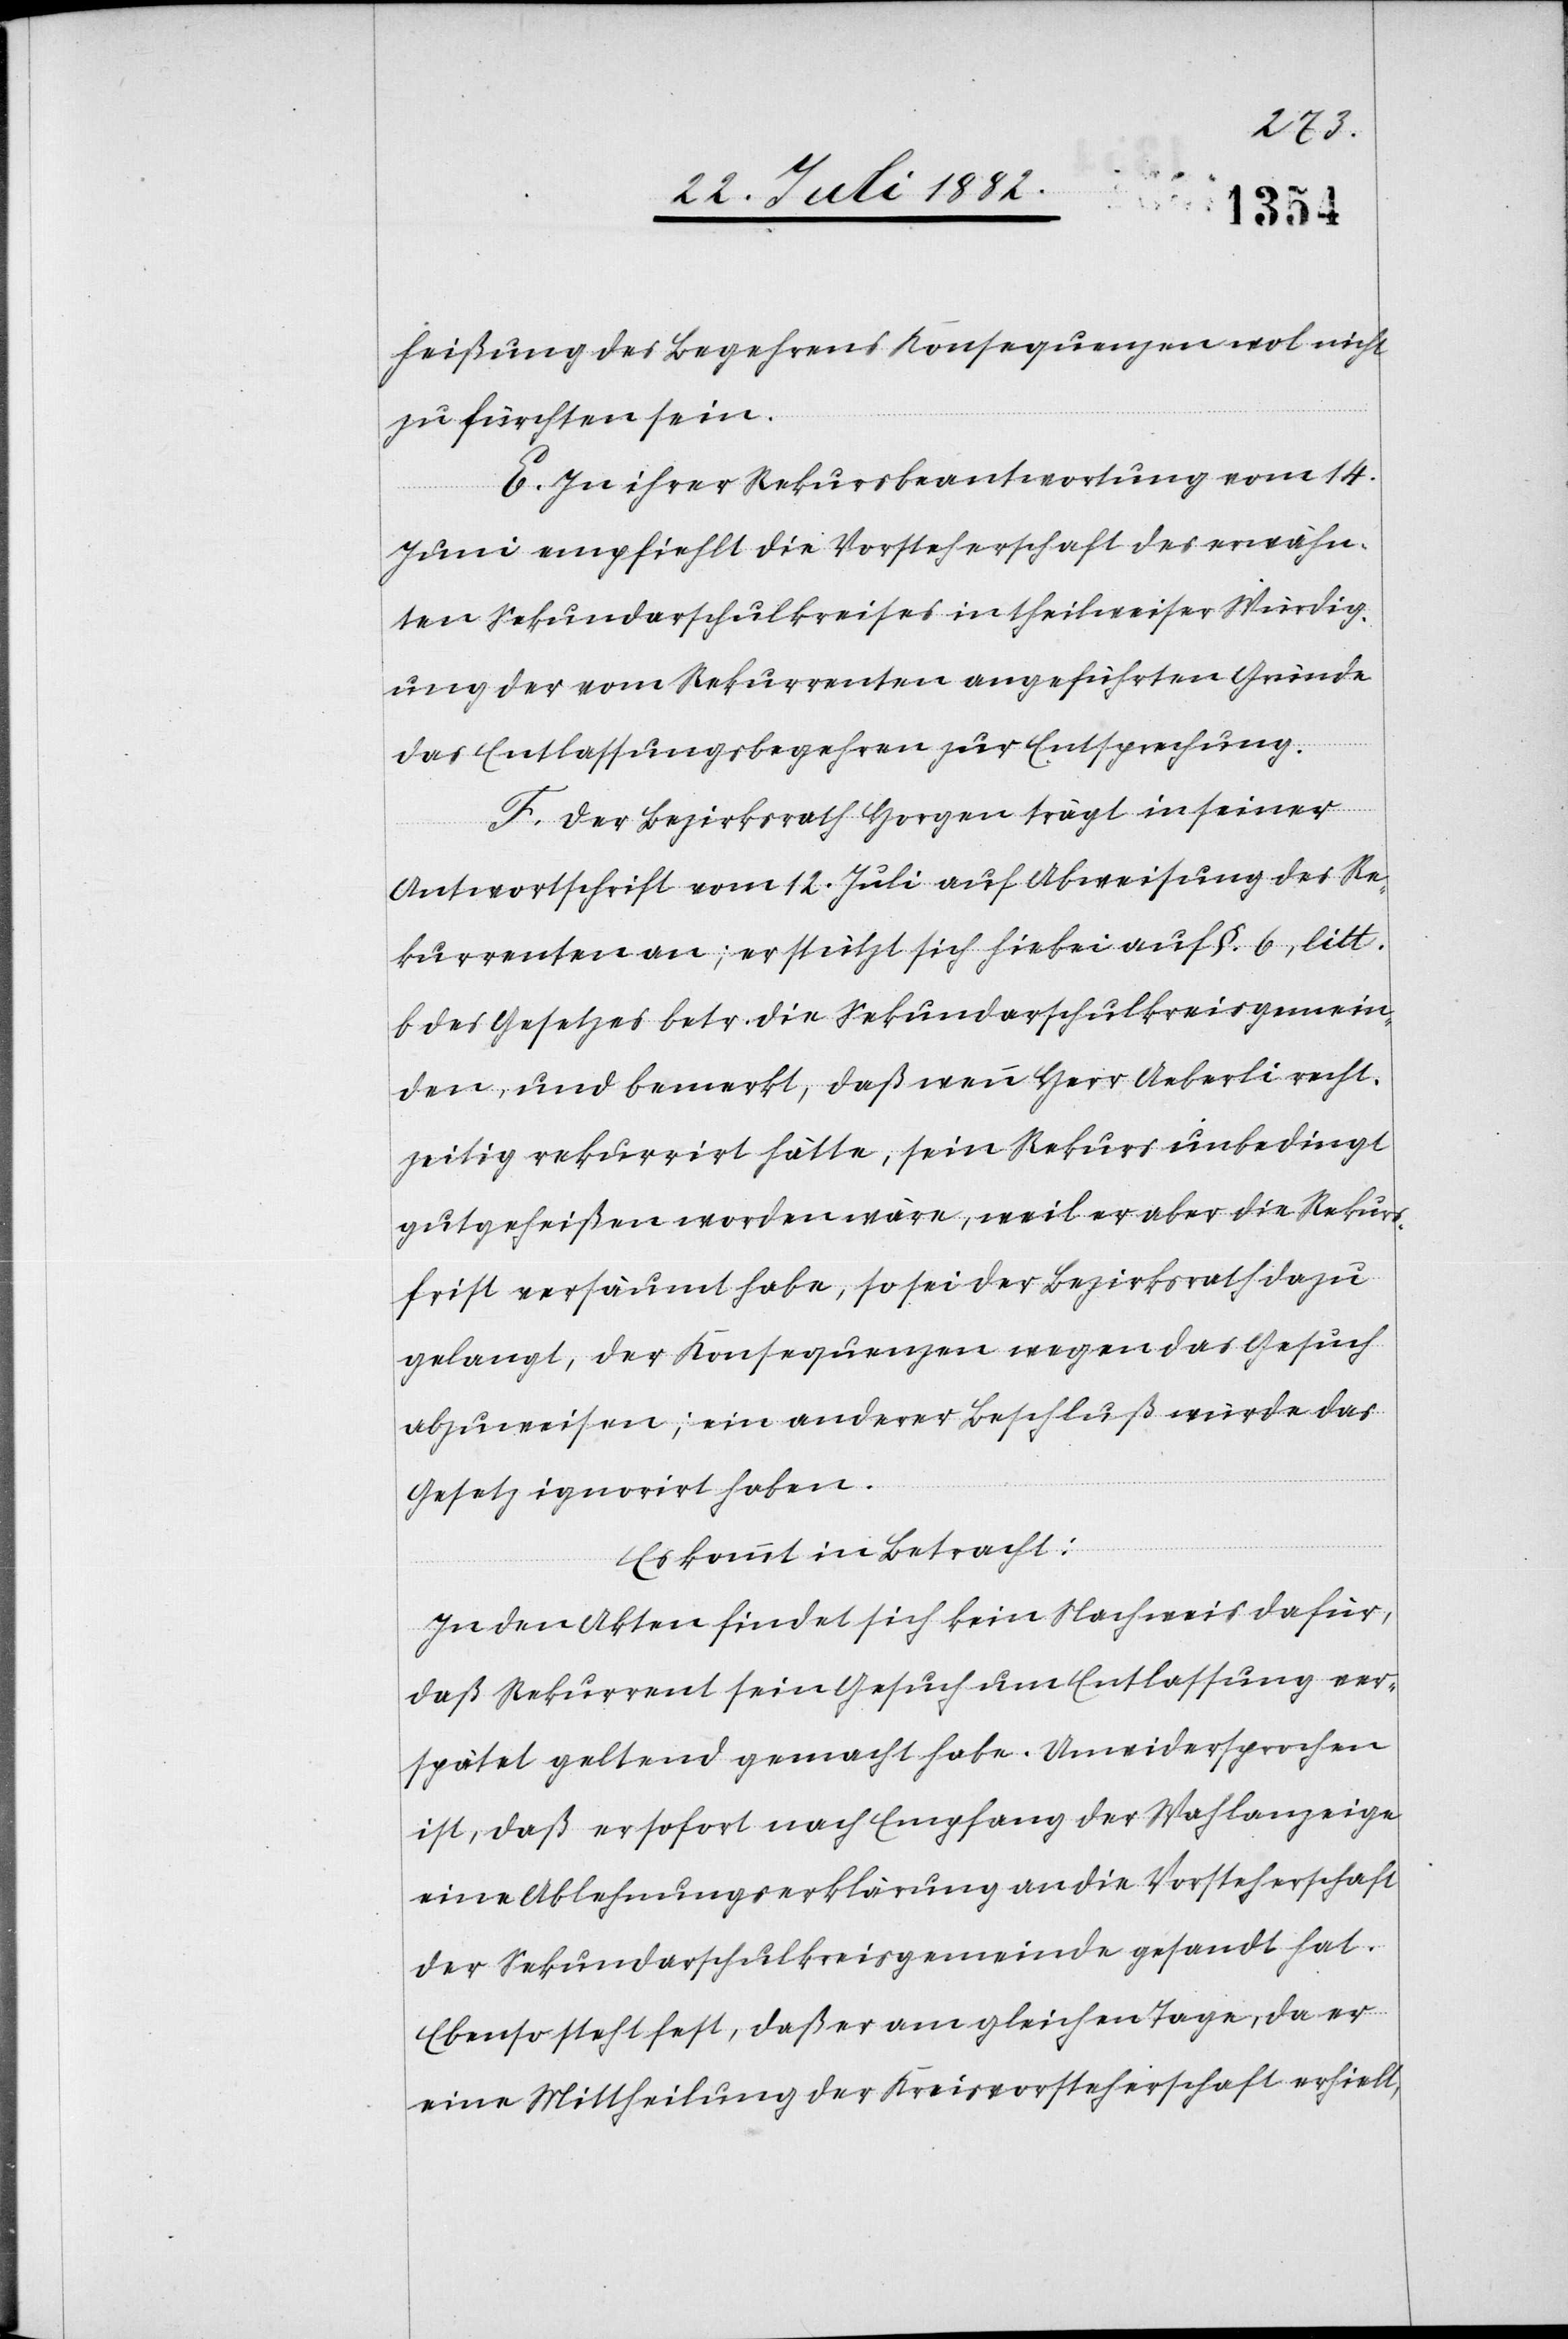
heißung des Begehrens Konsequenzen wol nicht
zu fürchten sein.
E. In ihrer Rekursbeantwortung vom 14.
Juni empfiehlt die Vorsteherschaft des erwähn¬
ten Sekundarschulkreises in theilweiser Würdig¬
ung der vom Rekurrenten angeführten Gründe
das Entlassungsbegehren zur Entsprechung.
F. Der Bezirksrath Horgen trägt in seiner
Antwortschrift vom 12. Juli auf Abweisung des Re¬
kurrenten an; er stützt sich hiebei auf §. 6, litt.
b des Gesetzes betr. die Sekundarschulkreisgemein¬
den, und bemerkt, daß wenn Herr Aeberli recht¬
zeitig rekurrirt hätte, sein Rekurs unbedingt
gutgeheißen worden wäre, weil er aber die Rekurs¬
frist versäumt habe, so sei der Bezirksrath dazu
gelangt, der Konsequenzen wegen das Gesuch
abzuweisen; ein anderer Beschluß würde das
Gesetz ignorirt haben.
Es kommt in Betracht:
In den Akten findet sich kein Nachweis dafür,
daß Rekurrent sein Gesuch um Entlassung ver¬
spätet geltend gemacht habe. Unwidersprochen
ist, daß er sofort nach Empfang der Wahlanzeige
eine Ablehnungserklärung an die Vorsteherschaft
der Sekundarschulkreisgemeinde gesandt hat.
Ebenso steht fest, daß er am gleichen Tage, da er
eine Mittheilung der Kreisvorsteherschaft erhielt,